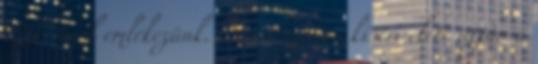
Miklósról emlékezünk. Őt is nyomon kíséri élete útján a